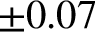
\pm 0 . 0 7